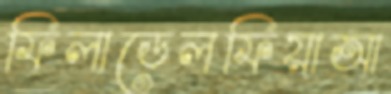
ফিলাডেলফিয়াআ